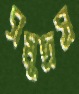
সমুদ্রস্র